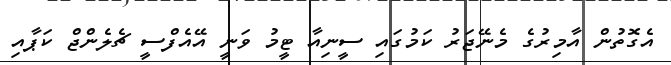
އެގޮތުން އާމިރުގެ މެނޭޖަރު ކަމުގައި ސީނިއާ ޓީމު ވަނީ އޭއެފްސީ ޗެލެންޖް ކަޕާއި